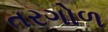
તરગોળ